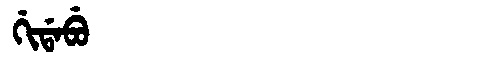
Manchu: ᡤᡳᡩᠠᠪᡠ
Romanization: GIDABU